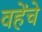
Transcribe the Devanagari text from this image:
वहेंचे